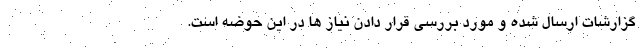
گزارشات ارسال شده و مورد بررسی قرار دادن نیاز ها در این حوضه است.